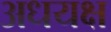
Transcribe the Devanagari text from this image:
अधयक्ष